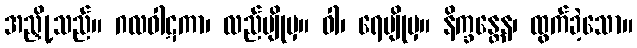
အညှို့သည်။ ဂလဝါဋကာ၊ လည်မျိုမှ။ ဝါ၊ ရေမျိုမှ။ နိက္ခန္တေန၊ ထွက်ခဲ့သော။